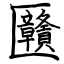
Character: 㔶